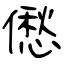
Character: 僽